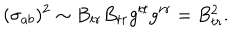
LaTeX: ( \sigma _ { a b } ) ^ { 2 } \sim B _ { t r } B _ { t r } g ^ { t t } g ^ { r r } = B _ { t r } ^ { 2 } .